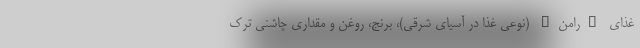
غذای "رامن" (نوعی غذا در آسیای شرقی)، برنج، روغن و مقداری چاشنی ترک